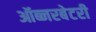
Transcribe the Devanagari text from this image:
ऑब्‍जरबेटरी